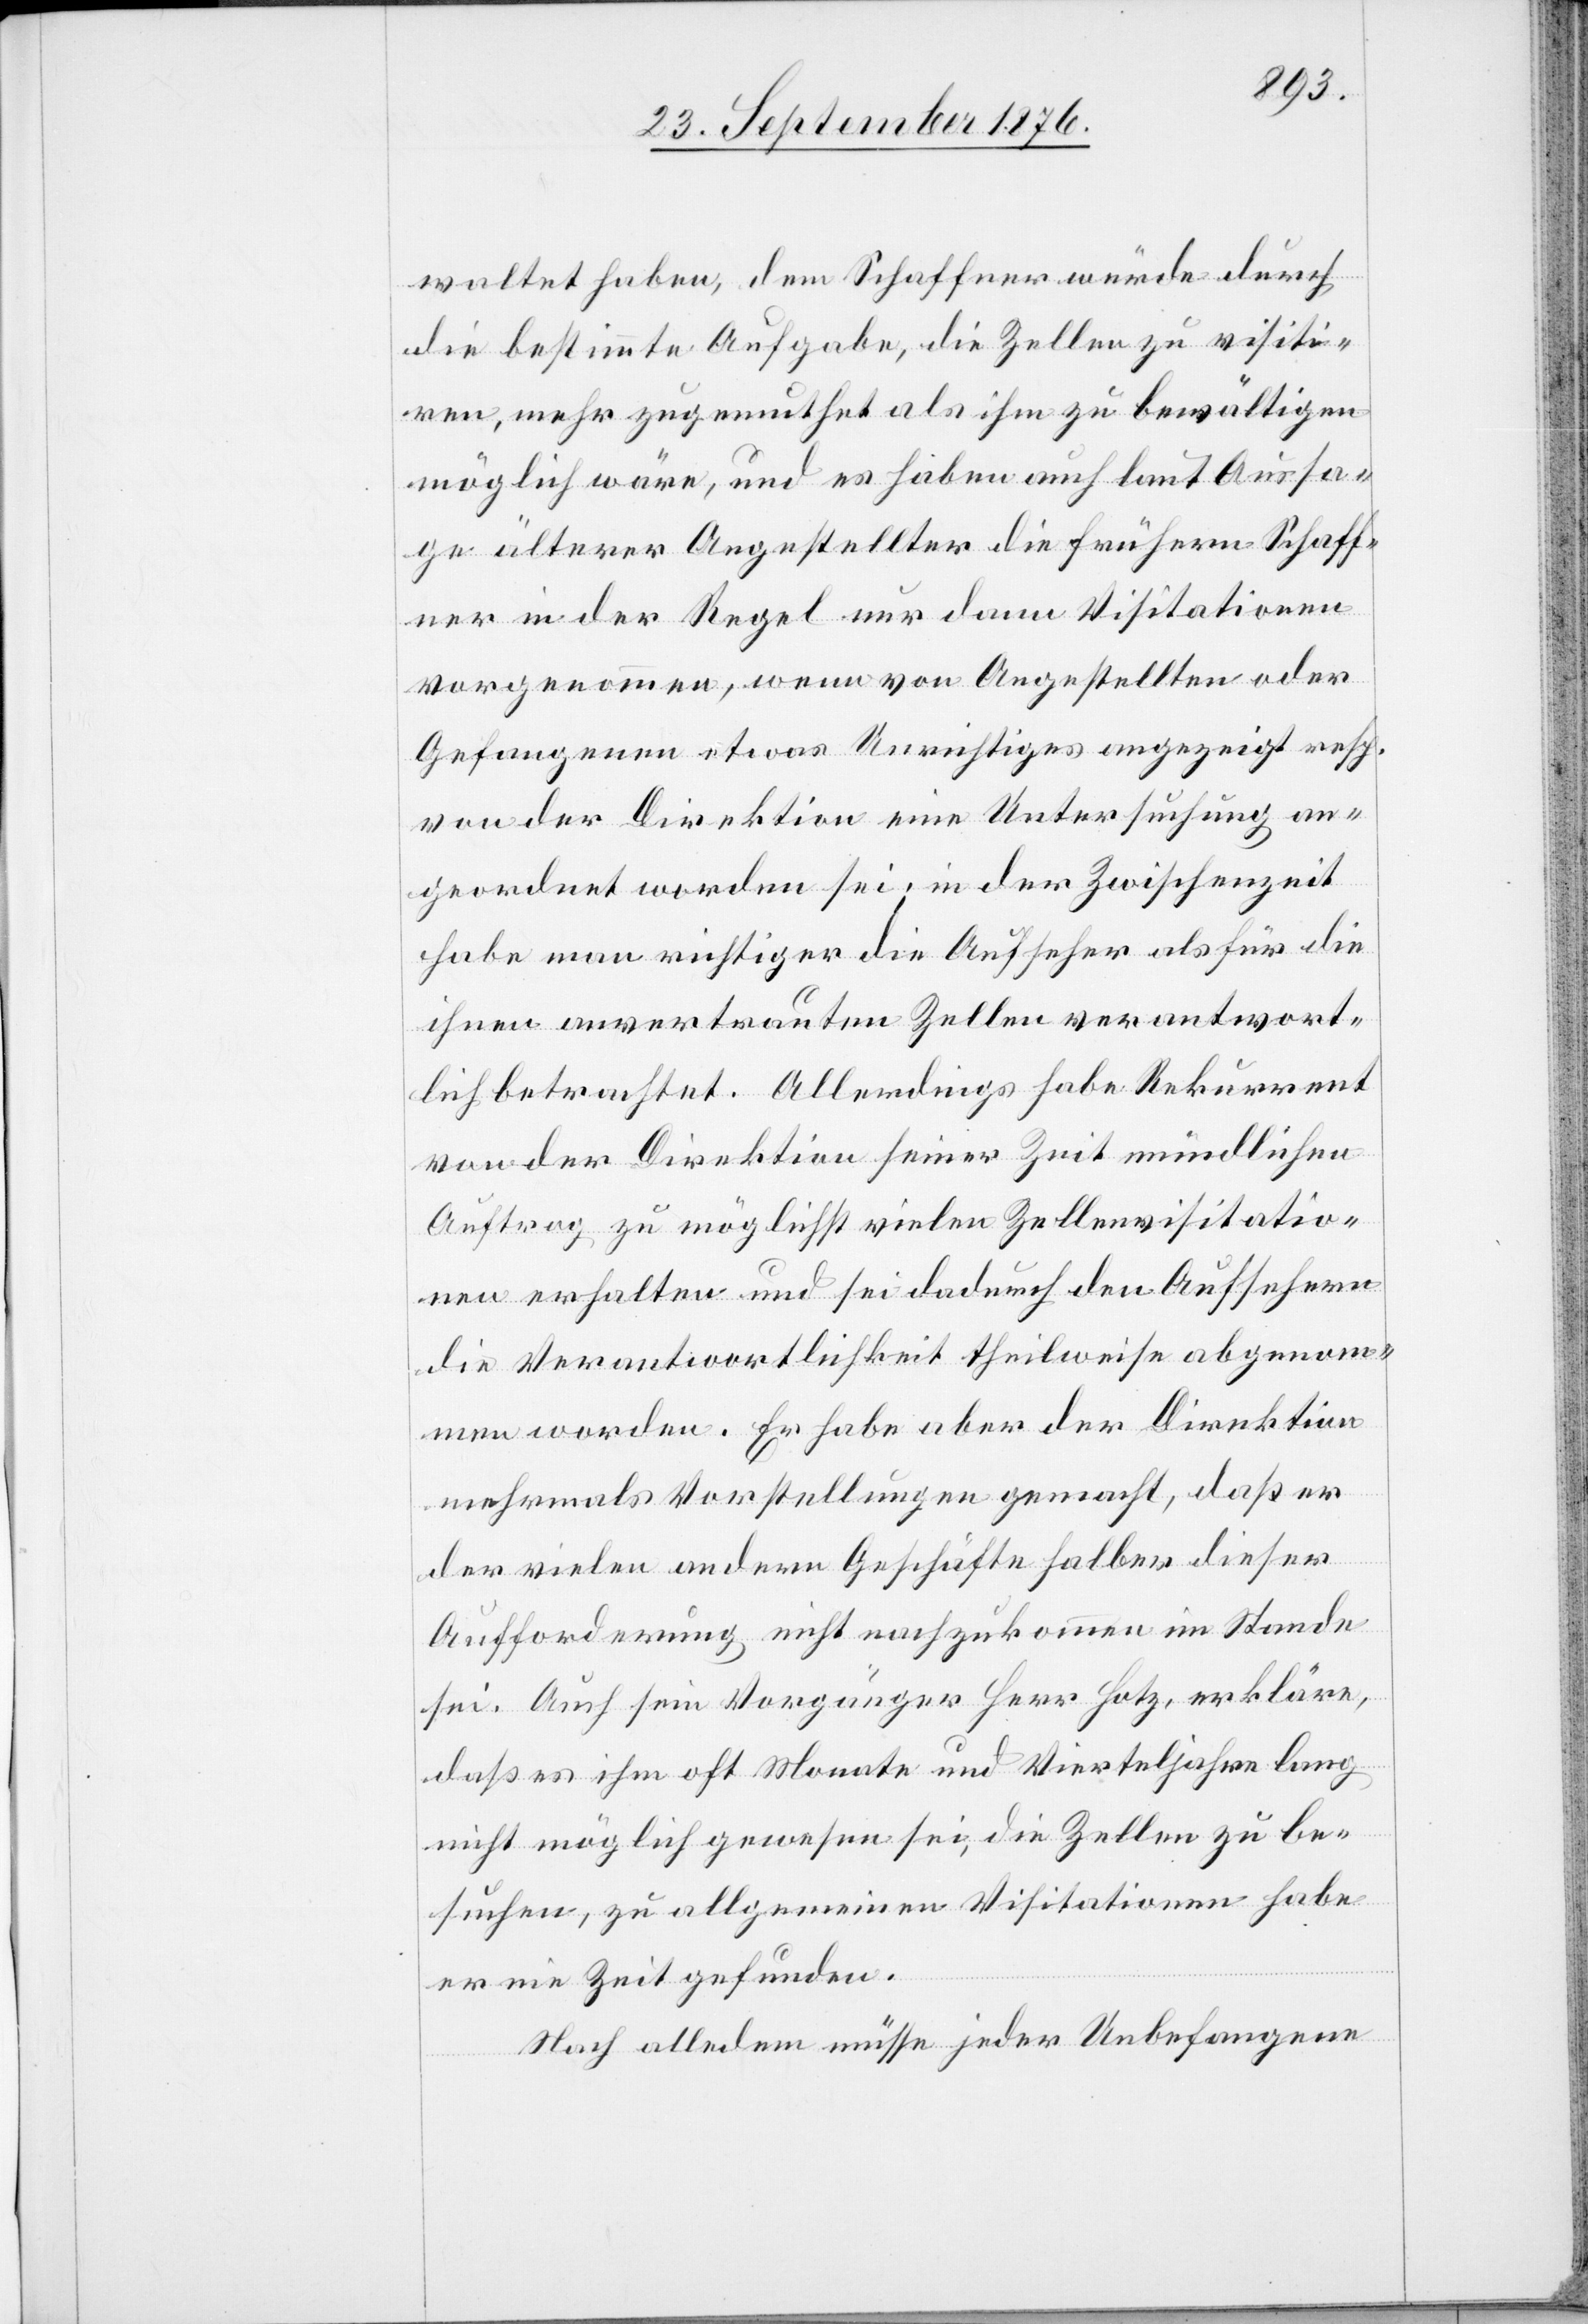
waltet haben, dem Schaffner würde durch
die bestimmte Aufgabe, die Zellen zu visiti¬
ren, mehr zugemuthet als ihm zu bewältigen
möglich wäre, und es haben auch laut Aussa¬
ge älterer Angestellter die frühern Schaff¬
ner in der Regel nur dann Visitationen
vorgenommen, wenn von Angestellten oder
Gefangenen etwas Unrichtiges angezeigt resp.
von der Direktion eine Untersuchung an¬
geordnet worden sei; in der Zwischenzeit
habe man richtiger die Aufseher als für die
ihnen anvertrauten Zellen verantwort¬
lich betrachtet. Allerdings habe Rekurrent
von der Direktion seiner Zeit mündlichen
Auftrag zu möglichst vielen Zellenvisitatio¬
nen erhalten und sei dadurch den Aufsehern
die Verantwortlichkeit theilweise abgenom¬
men worden. Er habe aber der Direktion
mehrmals Vorstellungen gemacht, das er
der vielen andern Geschäfte halber dieser
Aufforderung nicht nachzukommen im Stande
sei. Auch sein Vorgänger Herr Hotz, erkläre,
daß es ihm oft Monate und Vierteljahre lang
nicht möglich gewesen sei, die Zellen zu be¬
suchen, zu allgemeinen Visitationen habe
er nie Zeit gefunden.
Nach alledem müsse jeder Unbefangene